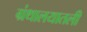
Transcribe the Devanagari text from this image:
ग्रंथालयातली